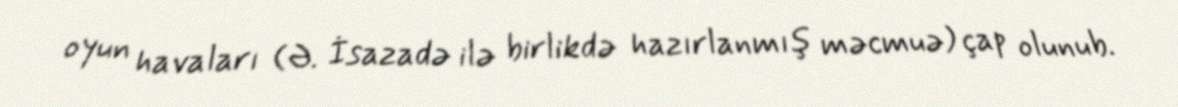
oyun havaları (Ə. İsazadə ilə birlikdə hazırlanmış məcmuə) çap olunub.